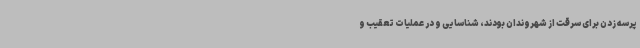
پرسه زدن برای سرقت از شهروندان بودند، شناسایی و در عملیات تعقیب و